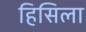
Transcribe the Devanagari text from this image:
हिसिला